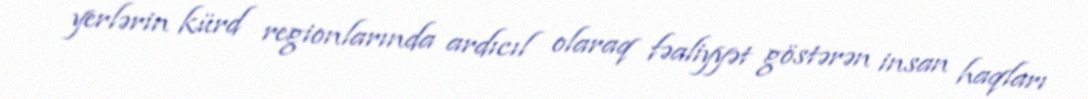
yerlərin kürd regionlarında ardıcıl olaraq fəaliyyət göstərən insan haqları